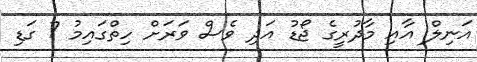
އަނިލް އާއި މާދުރީގެ ޖޯޑު އަދި ވެސް ވަރަށް ހިތްގައިމު 7 ގަޑި